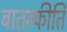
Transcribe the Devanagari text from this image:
बातस्फीति